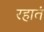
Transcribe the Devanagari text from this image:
रहातं